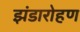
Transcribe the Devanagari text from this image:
झंडारोहण